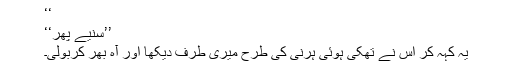
‘‘
’’سُنیے پھر‘‘
یہ کہہ کر اس نے تھکی ہوئی ہرنی کی طرح میری طرف دیکھا اور آہ بھر کربولی۔